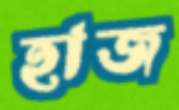
হাজ